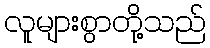
လူများစွာတို့သည်